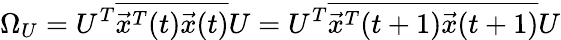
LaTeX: \Omega_{U}=U^{T}\overline{{\vec{x}^{T}(t)\vec{x}(t)}}U=U^{T}\overline{{\vec{x}^{T}(t+1)\vec{x}(t+1)}}U